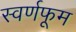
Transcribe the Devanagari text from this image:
स्वर्णफूम